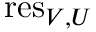
{ \mathrm { r e s } } _ { V , U }